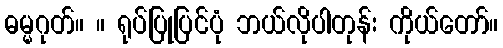
ဓမ္မဂုတ်။ ။ ရုပ်ပြုပြင်ပုံ ဘယ်လိုပါတုန်း ကိုယ်တော်။